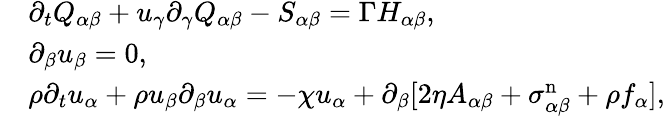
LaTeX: \begin{array}{rl}&{\partial_{t}Q_{\alpha\beta}+u_{\gamma}\partial_{\gamma}Q_{\alpha\beta}-S_{\alpha\beta}=\Gamma H_{\alpha\beta},}\\ &{\partial_{\beta}u_{\beta}=0,}\\ &{\rho\partial_{t}u_{\alpha}+\rho u_{\beta}\partial_{\beta}u_{\alpha}=-\chi u_{\alpha}+\partial_{\beta}[2\eta A_{\alpha\beta}+\sigma_{\alpha\beta}^{\mathrm{n}}+\rho f_{\alpha}],}\end{array}